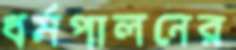
ধর্মপালনের